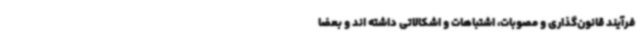
فرآیند قانون‌گذاری و مصوبات، اشتباهات و اشکالاتی داشته اند و بعضا